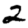
Digit: 2